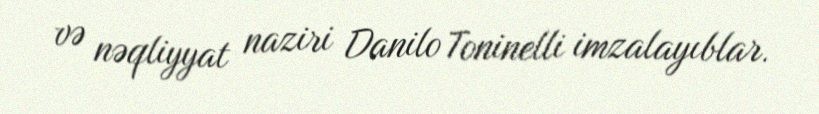
və nəqliyyat naziri Danilo Toninelli imzalayıblar.